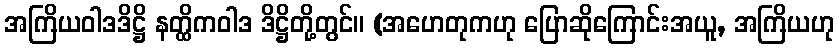
အကြိယဝါဒဒိဋ္ဌိ နတ္ထိကဝါဒ ဒိဋ္ဌိတို့တွင်။ (အဟေတုကဟု ပြောဆိုကြောင်းအယူ, အကြိယဟု